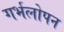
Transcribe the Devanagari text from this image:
गर्भलोपन